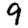
Digit: 9